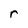
Character: r